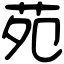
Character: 苑